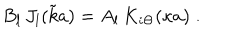
B _ { l } \, J _ { l } ( { \tilde { k } } a ) = A _ { l } \, K _ { i \Theta } ( \kappa a ) \; .